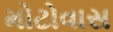
મોટોવાસ